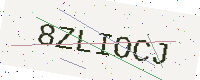
Text: 8ZLIOCJ